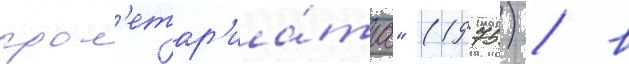
прол'етар'иа́та" (1975) / в